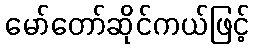
မော်တော်ဆိုင်ကယ်ဖြင့်